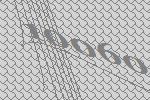
10060